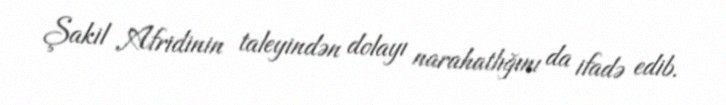
Şakil Afridinin taleyindən dolayı narahatlığını da ifadə edib.